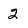
Character: 2